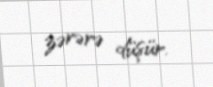
zərərə düşür.